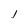
Character: I